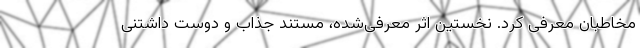
مخاطبان معرفی کرد. نخستین اثر معرفی‌شده، مستند جذاب و دوست داشتنی